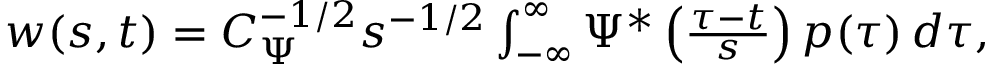
\begin{array} { r } { w ( s , t ) = C _ { \Psi } ^ { - 1 / 2 } s ^ { - 1 / 2 } \int _ { - \infty } ^ { \infty } \Psi ^ { * } \left( \frac { \tau - t } { s } \right) p ( \tau ) \, d \tau , } \end{array}